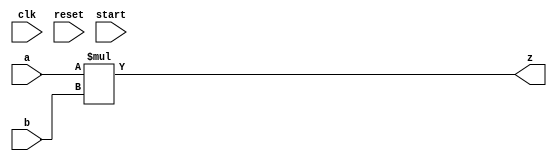
`timescale 1ns / 1ps
//////////////////////////////////////////////////////////////////////////////////
// Company: 
// Engineer: 
// 
// Design Name: 
// Module Name: mult
// Project Name: 
// Target Devices: 
// Tool Versions: 
// Description: 
// 
// Dependencies: 
// 
// Revision:
// Revision 0.01 - File Created
// Additional Comments:
// 
//////////////////////////////////////////////////////////////////////////////////


module MUL(
	input clk,                  // 
	input reset,                // 
	input start,                // 
	input [31:0] a,             // a
	input [31:0] b,             // b
	output [63:0] z             // z
);
	wire signed [31:0] a_tmp;   // a_tmp
	wire signed [31:0] b_tmp;   // b_tmp
	assign a_tmp = $signed(a);  // aa_tmp
	assign b_tmp = $signed(b);  // bb_tmp
	assign z = a_tmp * b_tmp;   // a_tmpb_tmpz

endmodule